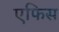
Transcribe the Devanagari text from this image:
एफिस